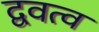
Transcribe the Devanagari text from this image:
द्ववत्व